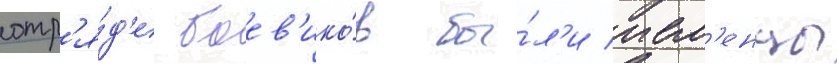
отр'я́д'е боев'ико́в бы́л'и ием'енцы